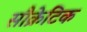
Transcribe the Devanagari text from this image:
सौक्रेटिक